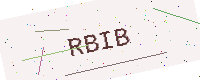
Text: RBIB